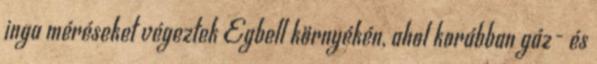
inga méréseket végeztek Egbell környékén, ahol korábban gáz- és